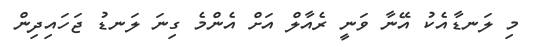
މި ލަނޑާއެކު އޭނާ ވަނީ ރެއާލް އަށް އެންމެ ގިނަ ލަނޑު ޖަހައިދިން